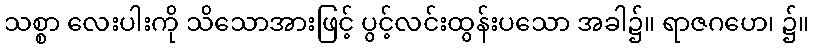
သစ္စာ လေးပါးကို သိသောအားဖြင့် ပွင့်လင်းထွန်းပသော အခါ၌။ ရာဇဂဟေ၊ ၌။